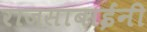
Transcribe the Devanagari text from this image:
राजसाबाईंनी